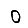
Digit: 0